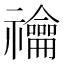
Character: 禴